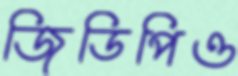
জিডিপিও